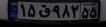
۱۵ق۹۸۲۵۵